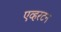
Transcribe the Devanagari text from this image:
एव्हरटन